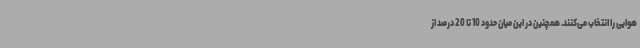
هوایی را انتخاب می‌کنند. همچنین در این میان حدود 10 تا 20 درصد از